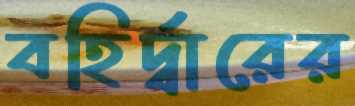
বহির্দ্বারের